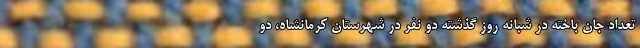
تعداد جان باخته در شبانه روز گذشته دو نفر در شهرستان کرمانشاه، دو